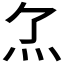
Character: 𤆒